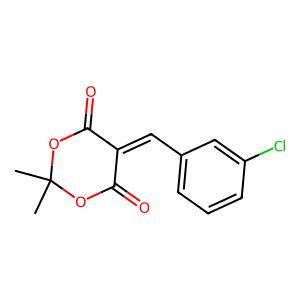
SMILES: CC1(C)OC(=O)C(=Cc2cccc(Cl)c2)C(=O)O1
Inhibits HIV replication: No